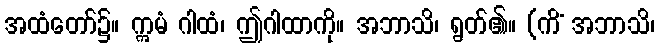
အထံတော်၌။ ဣမံ ဂါထံ၊ ဤဂါထာကို။ အဘာသိ၊ ရွတ်၏။ (ကိံ အဘာသိ၊